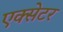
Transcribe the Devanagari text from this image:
एक्‍सेटर